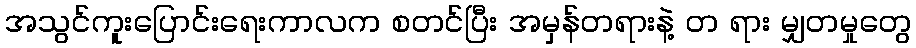
အသွင်ကူးပြောင်းရေးကာလက စတင်ပြီး အမှန်တရားနဲ့ တ ရား မျှတမှုတွေ